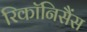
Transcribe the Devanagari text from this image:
रिकॉनिसैंस